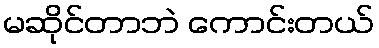
မဆိုင်တာဘဲ ကောင်းတယ်